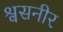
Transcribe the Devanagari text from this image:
श्वसनीर